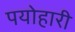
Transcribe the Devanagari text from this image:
पयोहारी